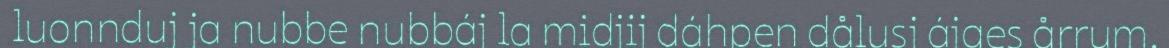
luonnduj ja nubbe nubbáj la midjij dáhpen dålusj ájges årrum.